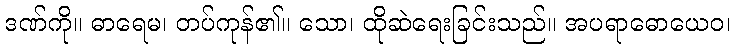
ဒဏ်ကို။ ဓာရေမ၊ တပ်ကုန်၏။ သော၊ ထိုဆဲရေးခြင်းသည်။ အပရာဓောယေဝ၊